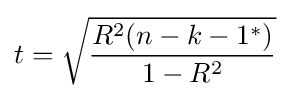
t={\sqrt {\frac {R^{2}(n-k-1^{*})}{1-R^{2}}}}